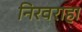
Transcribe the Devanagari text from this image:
निरवराहा